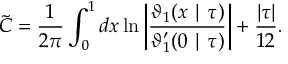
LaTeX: \tilde { C } = \frac { 1 } { 2 \pi } \int _ { 0 } ^ { 1 } d x \ln \left| \frac { \vartheta _ { 1 } ( x \mid \tau ) } { \vartheta _ { 1 } ^ { \prime } ( 0 \mid \tau ) } \right| + \frac { | \tau | } { 1 2 } .